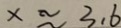
x \approx 3 . 6